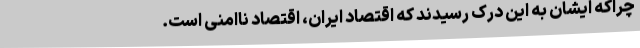
چراکه ایشان به این درک رسیدند که اقتصاد ایران، اقتصاد ناامنی است.